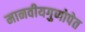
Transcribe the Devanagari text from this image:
मानवीयगुणोपेत